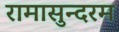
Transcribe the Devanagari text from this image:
रामासुन्दरम